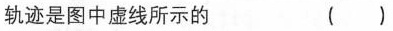
轨迹是图中虚线所示的 ( )